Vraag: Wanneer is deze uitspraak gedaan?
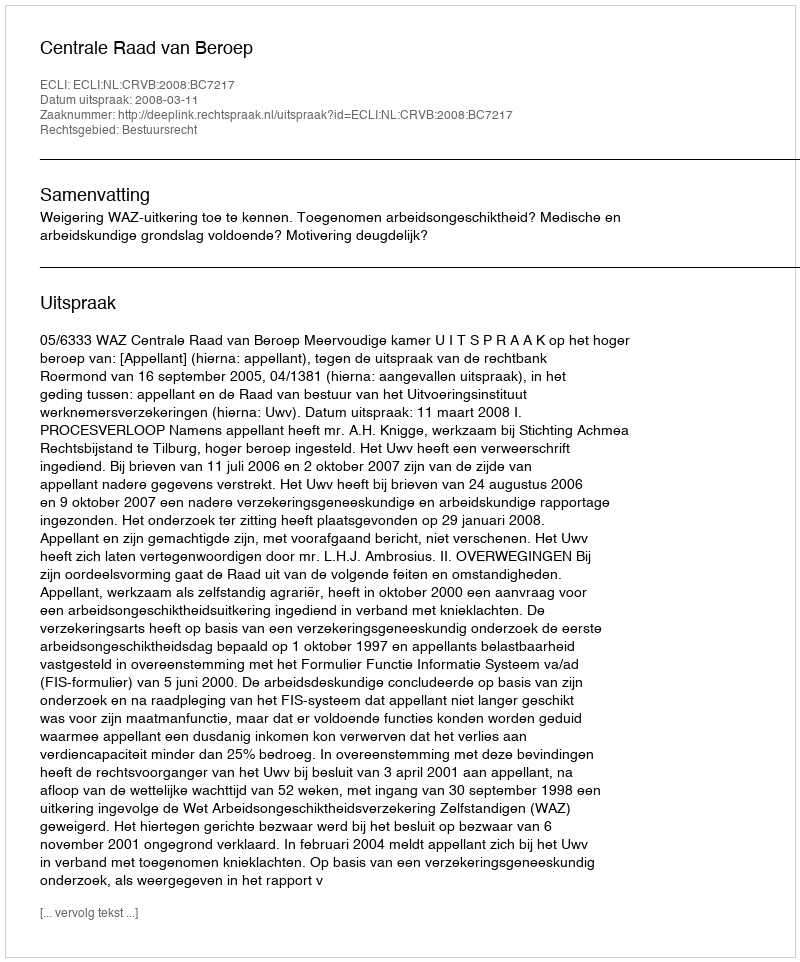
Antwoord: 2008-03-11